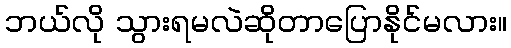
ဘယ်လို သွားရမလဲဆိုတာပြောနိုင်မလား။